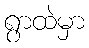
ရွာထဲမှာ